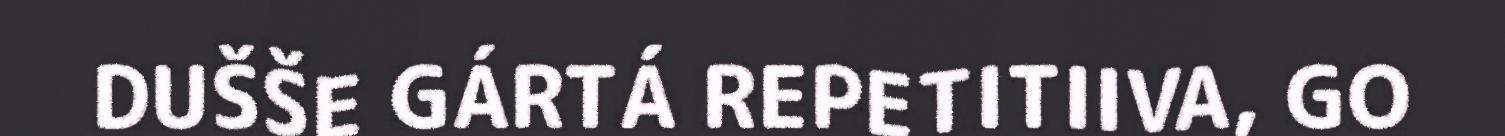
DUŠŠE GÁRTÁ REPETITIIVA, GO